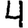
Digit: 4